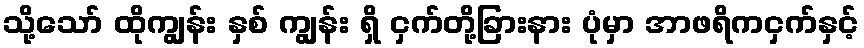
သို့သော် ထိုကျွန်း နှစ် ကျွန်း ရှိ ငှက်တို့ခြားနား ပုံမှာ အာဖရိကငှက်နှင့်